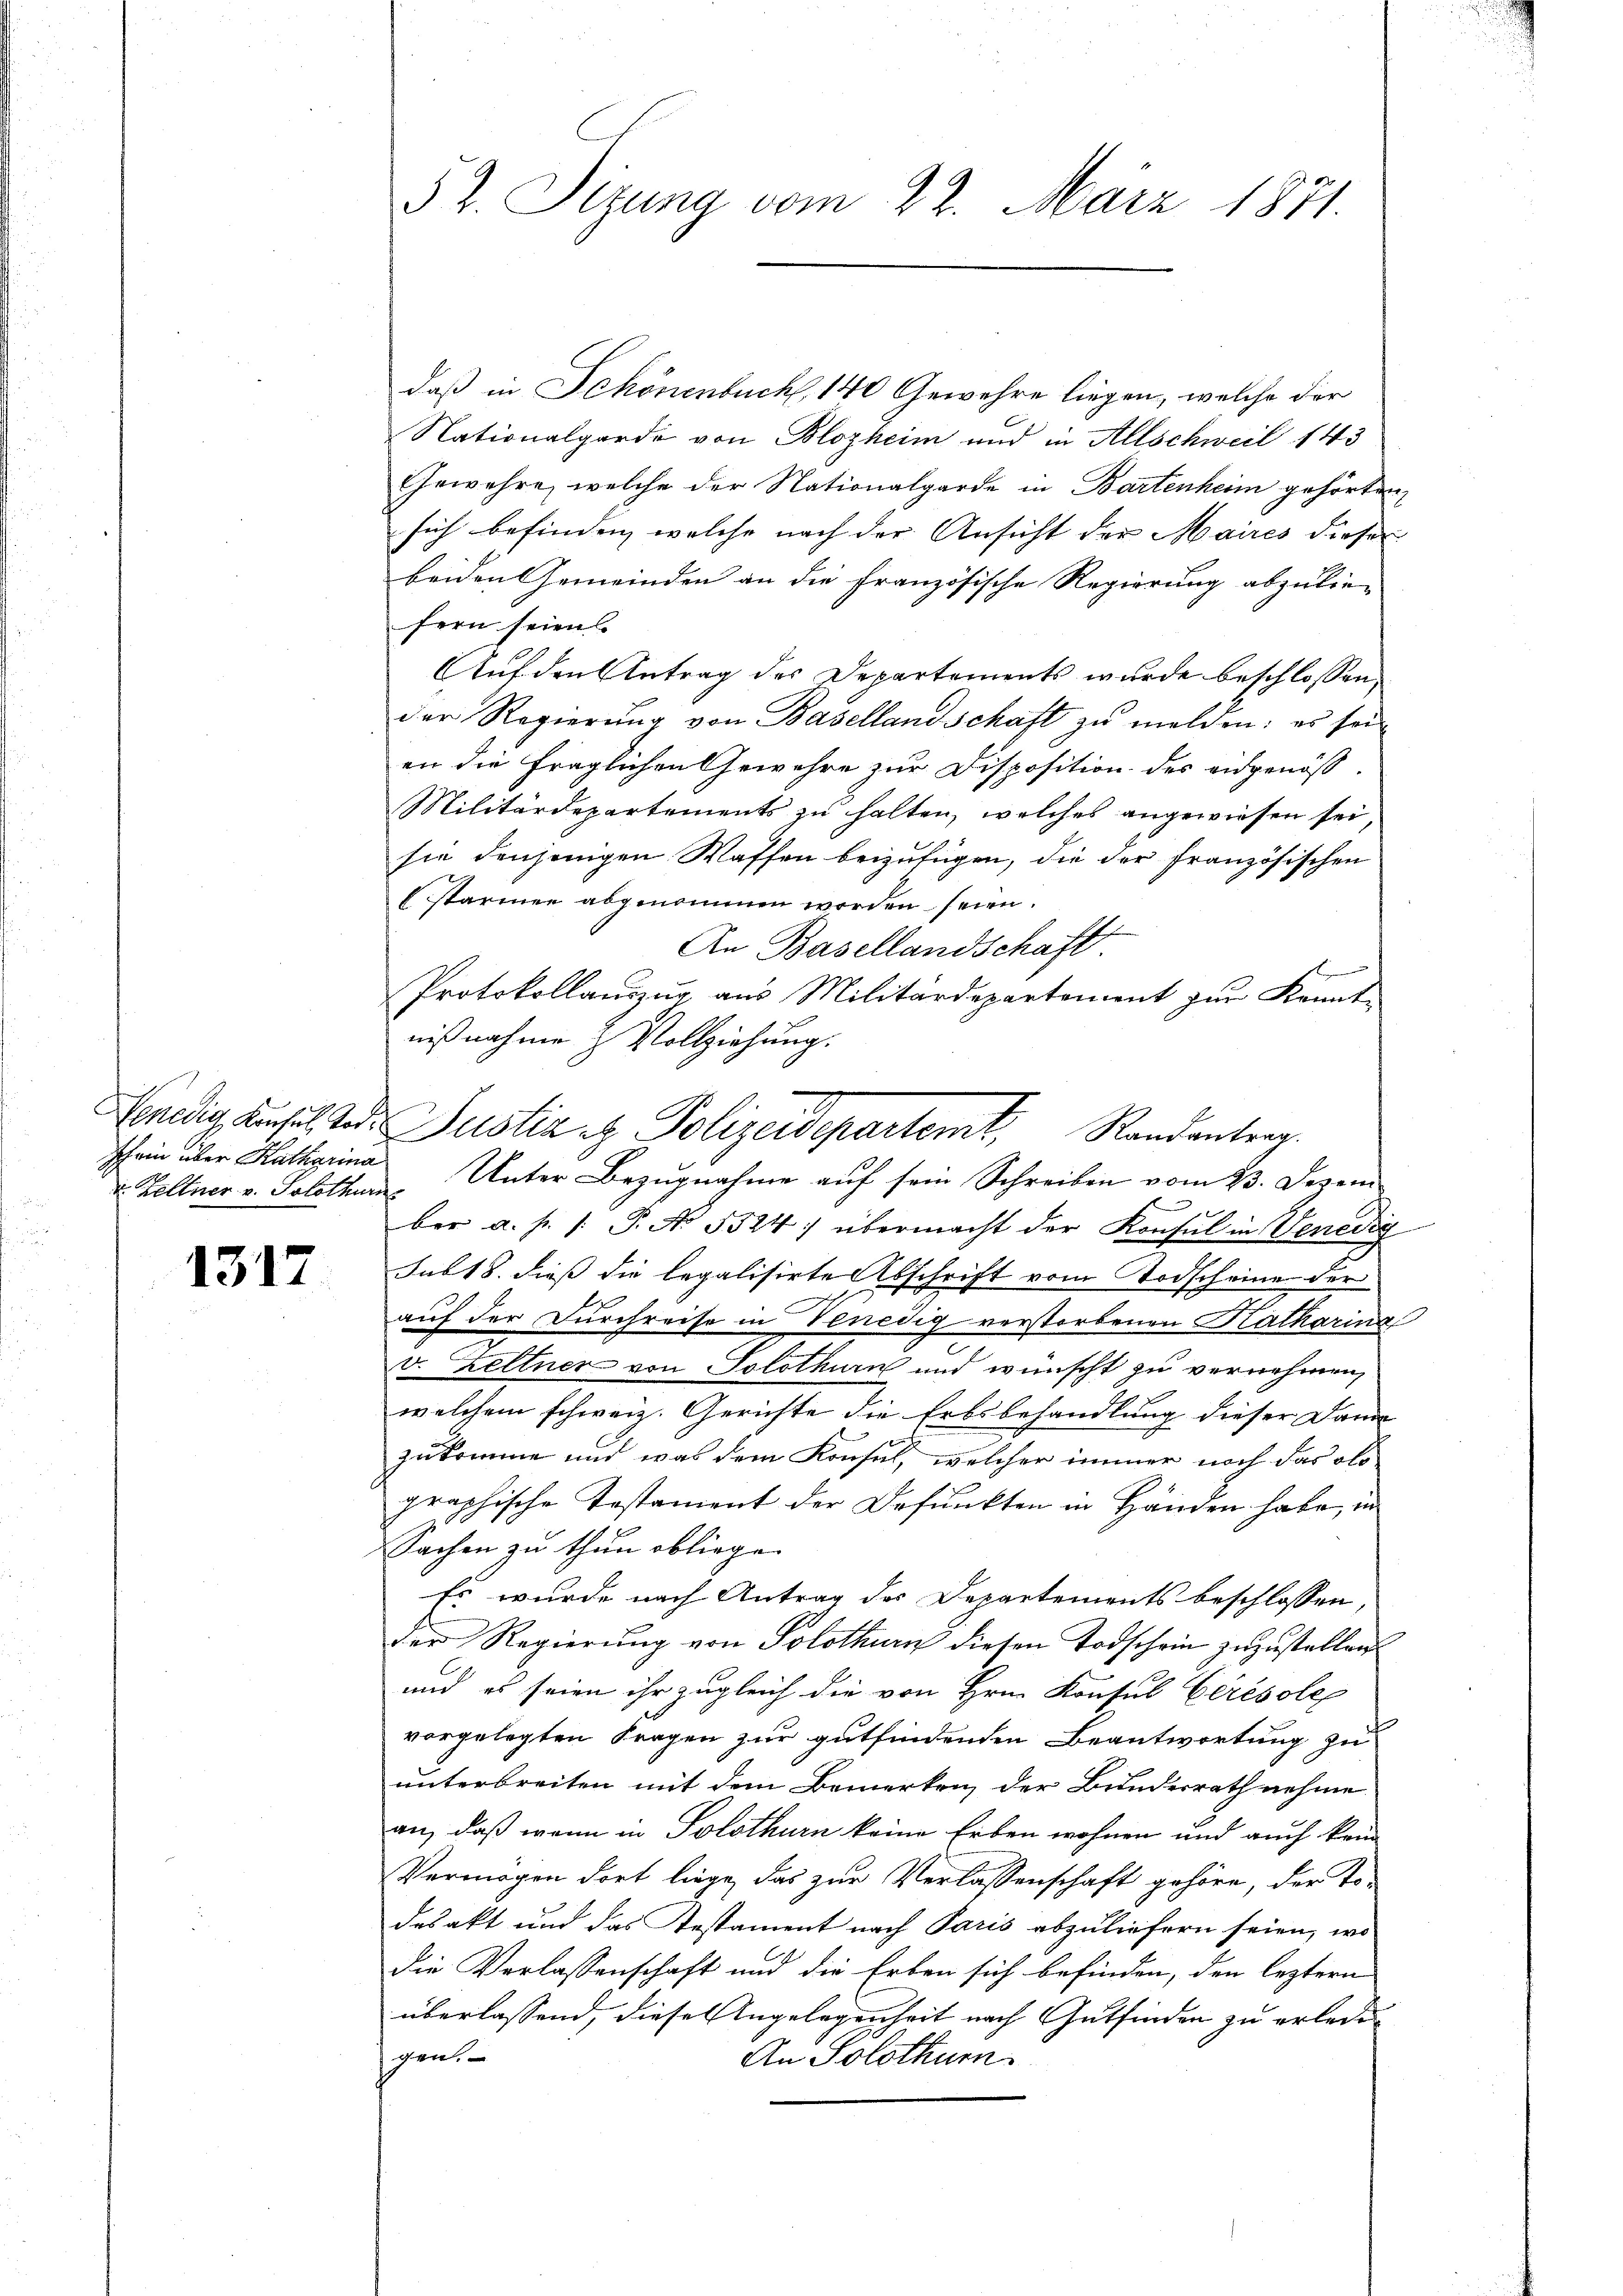
Ich ein über Katharina
u. Kellner v. Solothurn

1317

52. Sizung vom 22. März 1871.

daß in Schönenbuch 140 Gewehre liegen, welche der
Nationalgarde von Blozheim und in Allschweil 143
Gewehre, welche der Nationalgarde in Bartenheim gehörten,
sich befinden, welche nach der Ansicht der Maires dieser
beiden Gemeinden an die Französische Regierung abzulie-
fern seien
Auf den Antrag des Departements wurde beschlossen,
der Regierung von Basellandschaft zu melden: es sei
an die fraglichen Gewehre zur Disposition des eidgenös-
Militärdepartements zu halten, welches angewiesen sei,
sie denjenigen Waffen beizufügen, die der französischen
starmen abgenommen worden seien.
An Basellandschaft
Protokollauszug aus Militärdepartement zur Kennt-
E
ber a. p. /: P. No. 5524) übermacht der Konsul in Venedig
sub 18. dieß die legalisirte Abschrift vom Todscheine der
auf der Durchreise in Venedig verstorbenen Katharina
v. Zeltner von Solothurn und wünscht zu vernehmen
welchem schweiz. Gerichte die Erbsbehandlung dieser Dame
zukomme und was dem Konsul, welcher immer noch das olo-
graphische Testament der Befunkten in Händen habe, in
Sachen zu thun obliege.
Es wurde nach Antrag des Departements beschlossen,
der Regierung von Solothurn diesen Todschein zuzustellen
und es seien ihr zugleich die von Hrn. Konsul Ceresole
vorgelegten Fragen zur gutfindenden Beantwortung zu
unterbreiten mit dem Bemerken der Bundesrath nehme
an, daß wenn in Solothurn keine Erben wohnen und auch kein
Vermögen dort liege, das zur Verlassenschaft gehöre, der Todesakt und das Testament nach Paris abzuliefern seien, wo
die Verlassenschaft und die Erben sich befinden, den leztern
überlassend, diese Angelegenheit nach Gutfinden zu erledigen.
An Solothur.

nißnahme & Vollziehung.
Venedig Ansich der Justiz & Polizeidepartemt, Randantrag
Unter Bezugnahme auf sein Schreiben vom 23. Dezem